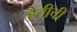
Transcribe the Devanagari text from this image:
हैतीची